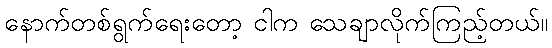
နောက်တစ်ရွက်ရေးတော့ ငါက သေချာလိုက်ကြည့်တယ်။